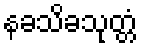
နခသိခသုတ္တံ